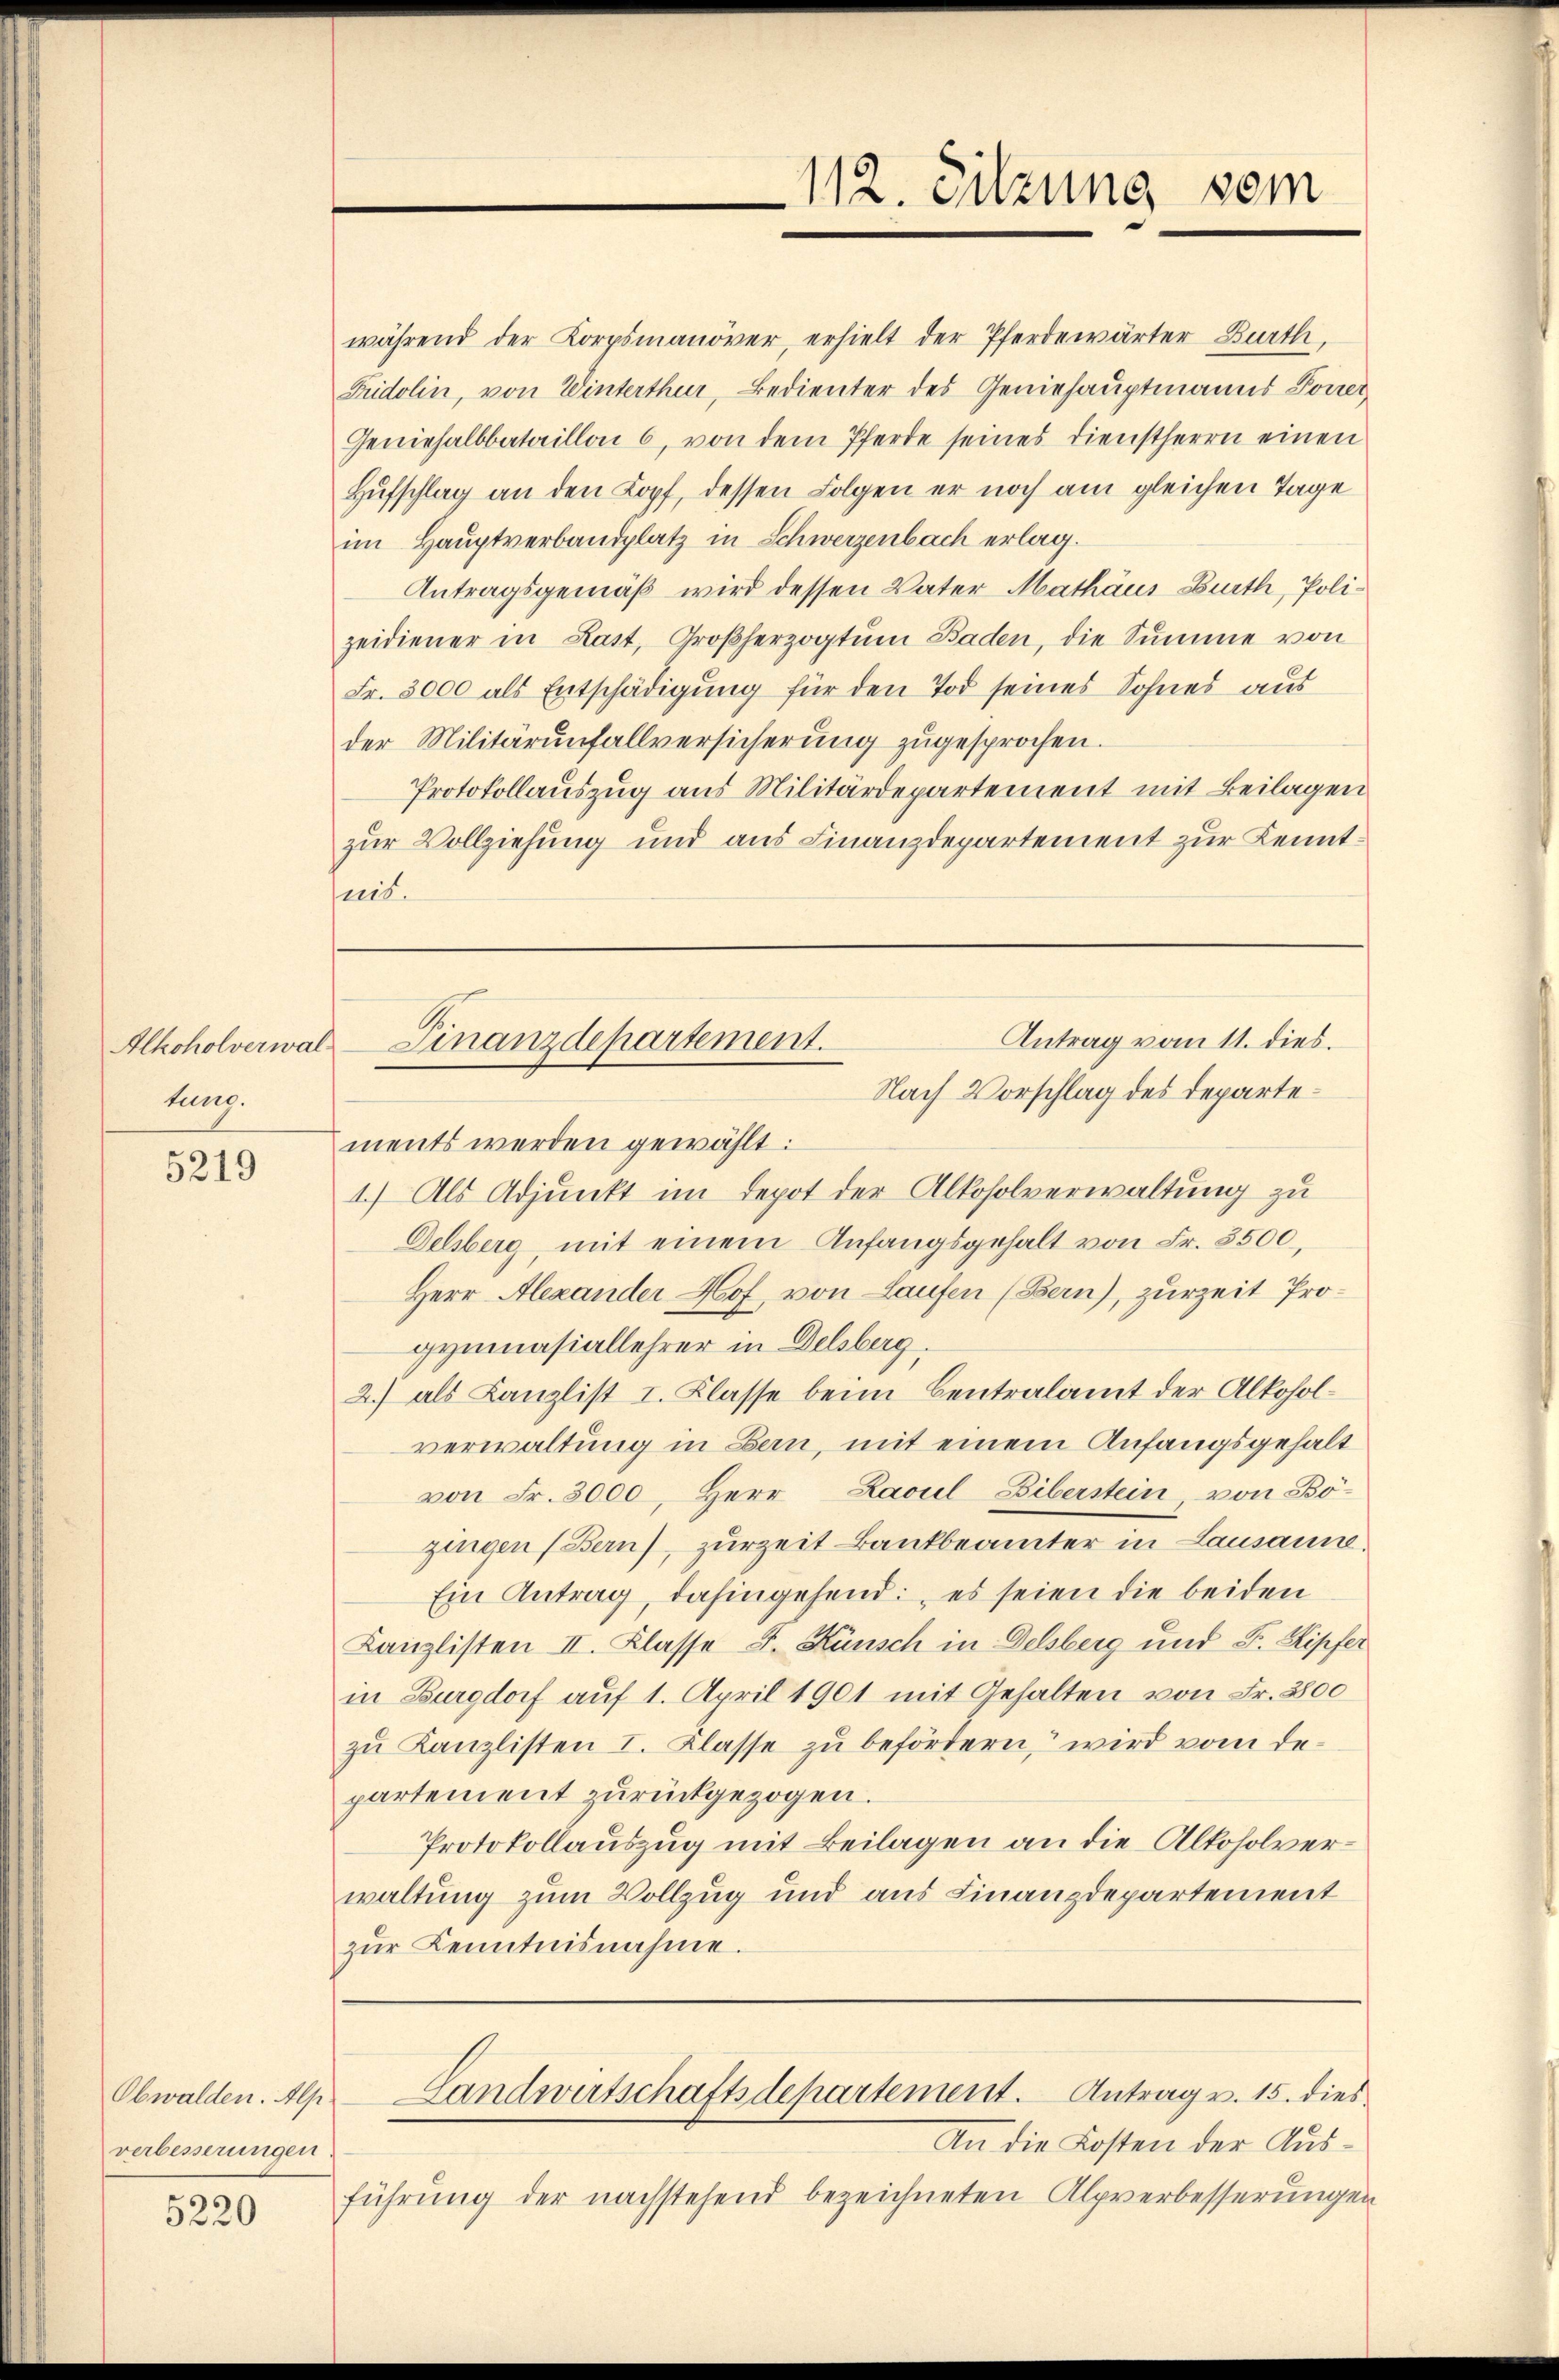
Alkoholverwal-
tung.

5219

Obwalden. Alp
verbesserungen

5220

während der Korpsmanöver, erhielt der Pferdewärter Burth
Fridolin, von Winterthur, Bedienter des Geniehauptmanns Pomer
Geniesalbbataillon 6, von dem Pferde seines Dienstherrn einen
Hufschlag an den Kopf, dessen Folgen er noch am gleichen Tage
im Hauptverbandplatz in Schwerzenbach erlag.
Antragsgemäß wird dessen Vater Mathäus Barth, Polizeidiener in Last, Großherzogtum Baden, die Summe von
Fr. 3000 als Entschädigung für den Tod seines Sohnes aus
der Militärunfallversicherung zugesprochen.
Protokollauszug aus Militärdepartement mit Beilagen
zur Vollziehung und aus Finanzdepartement zur Kenntnis.

112. Sitzung vom

Antrag vom 11. dies.
Finanzdepartement.
Nach Vorschlag des Departe¬

ments werden gewählt:
1.) Als Adjunkt im Depot der Alkoholverwaltung zu
Delsberg, mit einem Anfangsgehalt von Fr. 3500,
Herr Alexander Hof, von Laufen (Bern), zurzeit Progymnasiallehrer in Delsberg.
2) als Kanzlist I. Klasse beim Centralamt der Alkoholverwaltung in Bern, mit einem Anfangsgehalt
von Fr. 3000, Herr Lacul-Liberstein, von Bözingen (Bern), zurzeit Bankbeamter in Lausanne.
Ein Antrag, dahingehend: „es seien die beiden
Kanzlisten II. Klasse F. Künsch in Delsberg und F. Kipfer
in Burgdorf auf 1. April 1901 mit Gehalten von Fr. 2800
zu Kanzlisten I. Klasse zu befördern, wird vom departement zurückgezogen.
Protokollauszug mit Beilagen an die Alkoholverwaltung zum Vollzug und aus Finanzdepartement
zŭr Kenntnisnahme.

An die Kosten der Aus¬
.
führung der nachstehend bezeichneten Alpverbesserungen

Landwirtschaftsdepartement. Antrag v. 15. dies